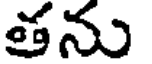
తను